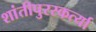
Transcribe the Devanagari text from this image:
शांतीपुरस्कर्त्या